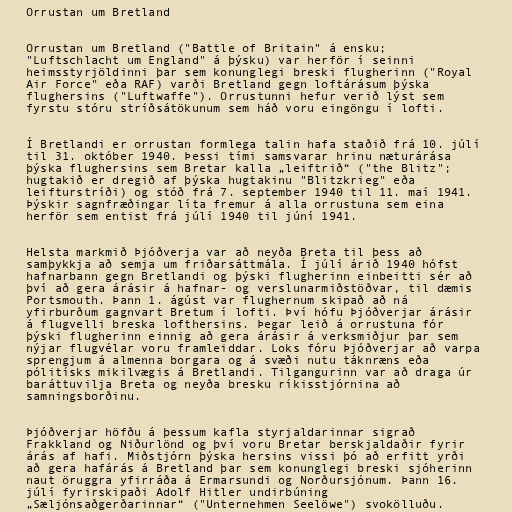
Orrustan um Bretland

Orrustan um Bretland ("Battle of Britain" á ensku;
"Luftschlacht um England" á þýsku) var herför í seinni
heimsstyrjöldinni þar sem konunglegi breski flugherinn ("Royal
Air Force" eða RAF) varði Bretland gegn loftárásum þýska
flughersins ("Luftwaffe"). Orrustunni hefur verið lýst sem
fyrstu stóru stríðsátökunum sem háð voru eingöngu í lofti.

Í Bretlandi er orrustan formlega talin hafa staðið frá 10. júlí
til 31. október 1940. Þessi tími samsvarar hrinu næturárása
þýska flughersins sem Bretar kalla „leiftrið“ ("the Blitz";
hugtakið er dregið af þýska hugtakinu "Blitzkrieg" eða
leifturstríði) og stóð frá 7. september 1940 til 11. maí 1941.
Þýskir sagnfræðingar líta fremur á alla orrustuna sem eina
herför sem entist frá júlí 1940 til júní 1941.

Helsta markmið Þjóðverja var að neyða Breta til þess að
samþykkja að semja um friðarsáttmála. Í júlí árið 1940 hófst
hafnarbann gegn Bretlandi og þýski flugherinn einbeitti sér að
því að gera árásir á hafnar- og verslunarmiðstöðvar, til dæmis
Portsmouth. Þann 1. ágúst var flughernum skipað að ná
yfirburðum gagnvart Bretum í lofti. Því hófu Þjóðverjar árásir
á flugvelli breska lofthersins. Þegar leið á orrustuna fór
þýski flugherinn einnig að gera árásir á verksmiðjur þar sem
nýjar flugvélar voru framleiddar. Loks fóru Þjóðverjar að varpa
sprengjum á almenna borgara og á svæði nutu táknræns eða
pólitísks mikilvægis á Bretlandi. Tilgangurinn var að draga úr
baráttuvilja Breta og neyða bresku ríkisstjórnina að
samningsborðinu.

Þjóðverjar höfðu á þessum kafla styrjaldarinnar sigrað
Frakkland og Niðurlönd og því voru Bretar berskjaldaðir fyrir
árás af hafi. Miðstjórn þýska hersins vissi þó að erfitt yrði
að gera hafárás á Bretland þar sem konunglegi breski sjóherinn
naut öruggra yfirráða á Ermarsundi og Norðursjónum. Þann 16.
júlí fyrirskipaði Adolf Hitler undirbúning
„Sæljónsaðgerðarinnar“ ("Unternehmen Seelöwe") svokölluðu.